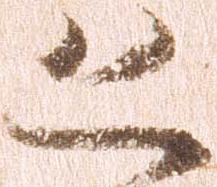
恐